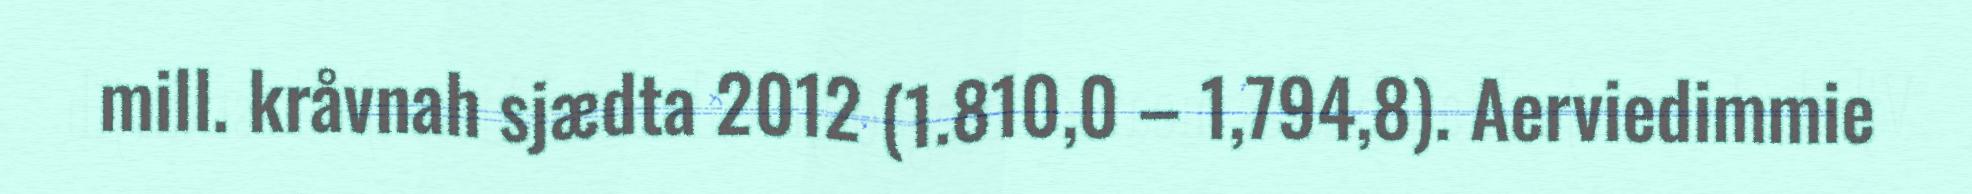
mill. kråvnah sjædta 2012 (1.810,0 – 1,794,8). Aerviedimmie